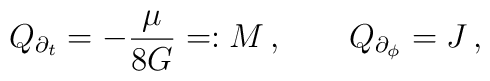
Q_{\partial_t} = -\frac{\mu}{8G} =: M\,, \qquad Q_{\partial_{\phi}} = J\,,